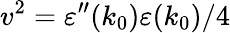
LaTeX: v^{2}=\varepsilon^{\prime\prime}(k_{0})\varepsilon(k_{0})/4